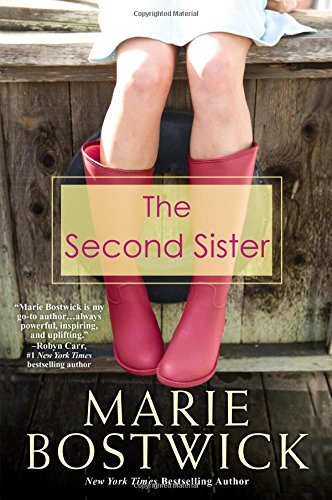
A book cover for The Second Sister; Marie Bostwick; Literature & Fiction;